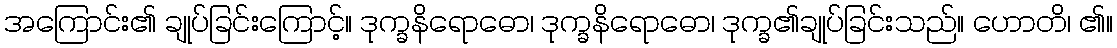
အကြောင်း၏ ချုပ်ခြင်းကြောင့်။ ဒုက္ခနိရောဓော၊ ဒုက္ခနိရောဓော၊ ဒုက္ခ၏ချုပ်ခြင်းသည်။ ဟောတိ၊ ၏။